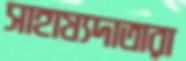
সাহায্যদাতারা